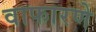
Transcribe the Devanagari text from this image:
वाफारणे